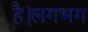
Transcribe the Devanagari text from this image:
है।लगभग